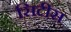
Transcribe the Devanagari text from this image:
सिटीस